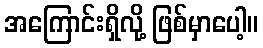
အကြောင်းရှိလို့ ဖြစ်မှာပေါ့။